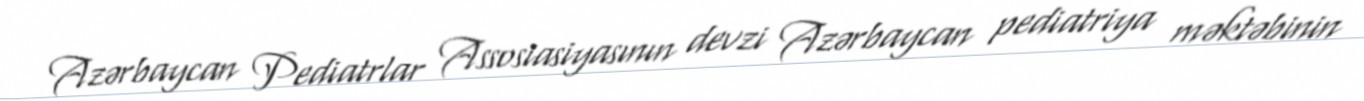
Azərbaycan Pediatrlar Assosiasiyasının devzi Azərbaycan pediatriya məktəbinin